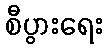
စီပွားရေး